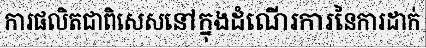
ការផលិតជាពិសេសនៅក្នុងដំណើរការនៃការដាក់